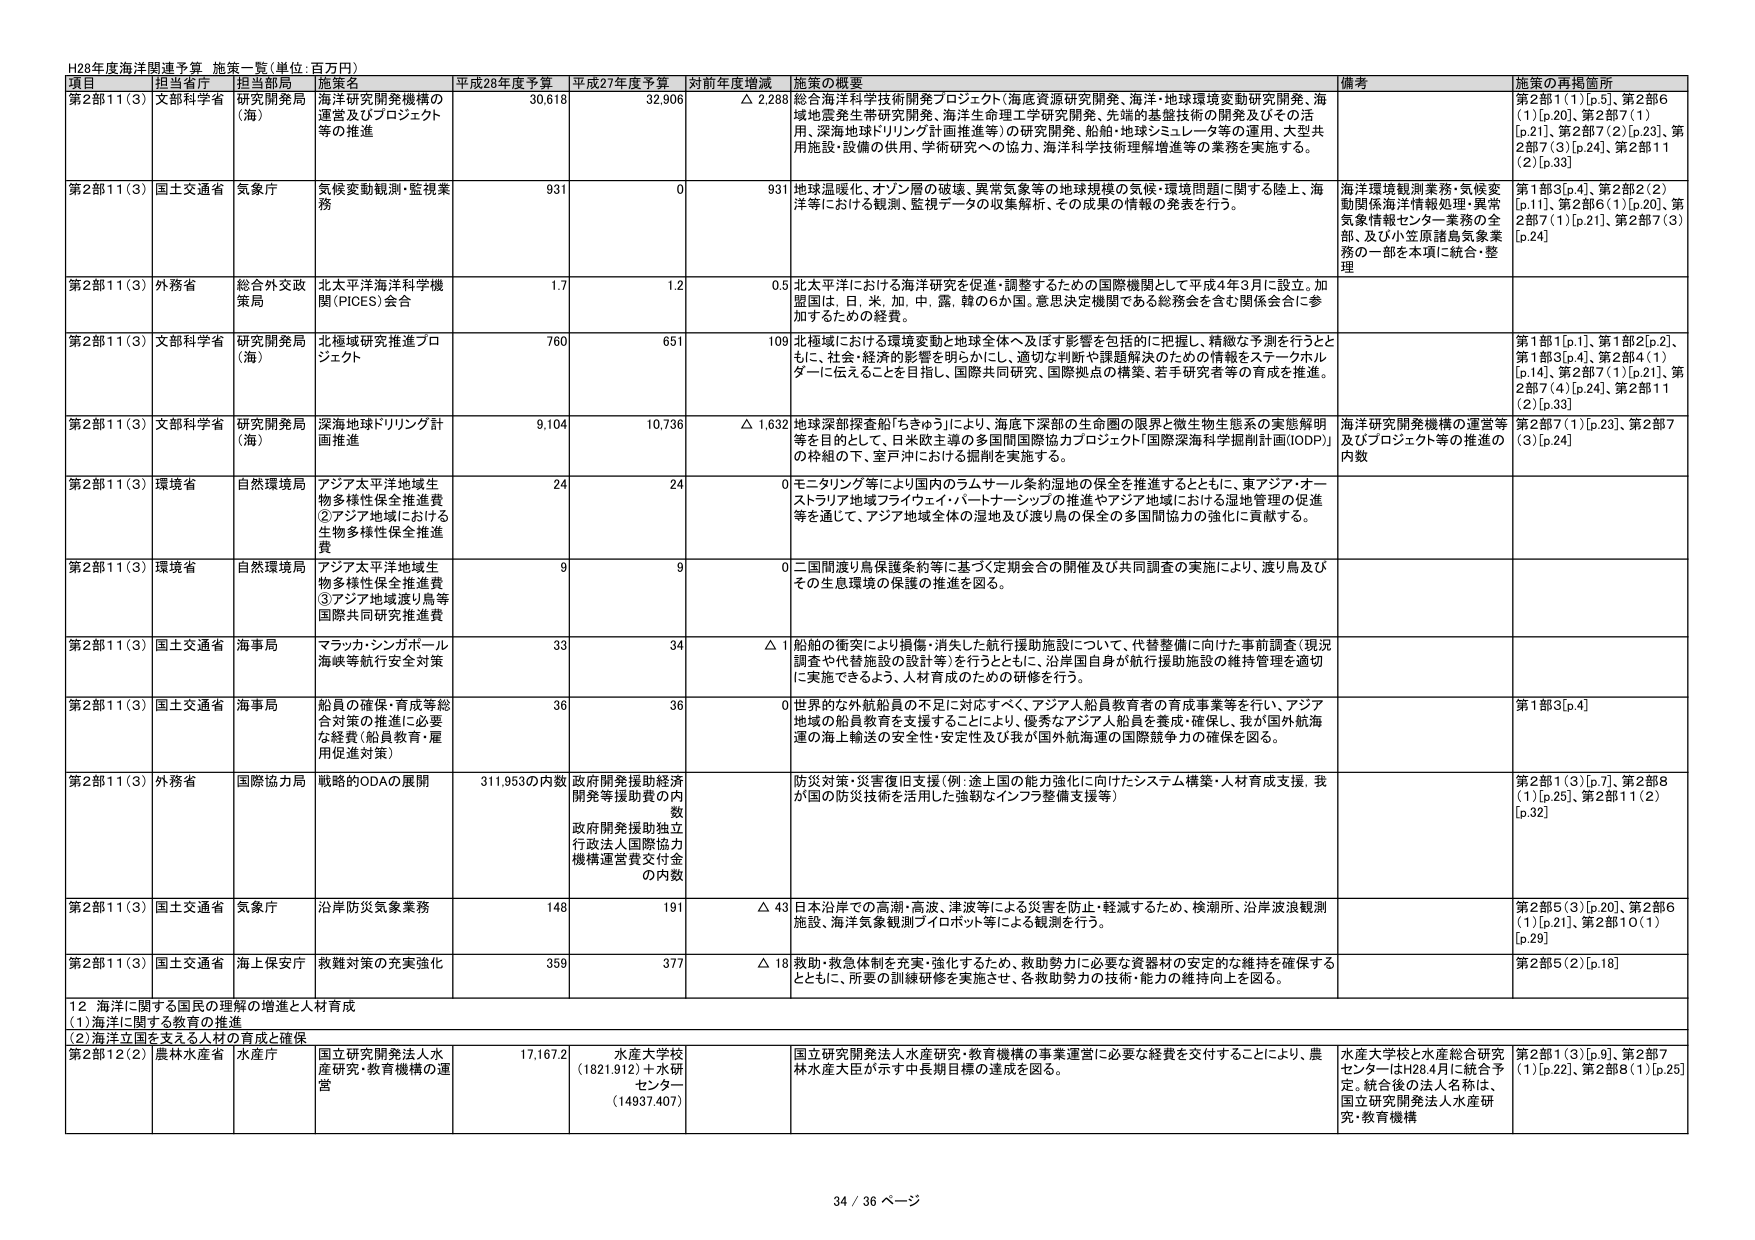
H28年度海洋関連予算 施策一覧（単位：百万円）

項目 担当省庁 担当部局 施策名 平成28年度予算 平成27年度予算 対前年度増減 施策の概要 備考 施策の再掲箇所

第2部11（3） 文部科学省 研究開発局（海） 海洋研究開発機構の運営及びプロジェクト等の推進 30,618 32,906 △ 2,288 総合海洋科学技術開発プロジェクト（海底資源研究開発、海洋・地球環境変動研究開発、海域地震発生帯研究開発、海洋生命理工学研究開発、先端的基盤技術の開発及びその活用、深海地球ドリリング計画推進等）の研究開発、船舶・地球シミュレータ等の運用、大型共用施設・設備の供用、学術研究への協力、海洋科学技術理解増進等の業務を実施する。 第2部1（1）[p.5]、第2部6（1）[p.20]、第2部7（1）[p.21]、第2部7（2）[p.23]、第2部7（3）[p.24]、第2部11（2）[p.33]

第2部11（3） 国土交通省 気象庁 気候変動観測・監視業務 931 0 931 地球温暖化、オゾン層の破壊、異常気象等の地球規模の気候・環境問題に関する陸上、海洋等における観測、監視データの収集解析、その成果の情報の発表を行う。 海洋環境観測業務・気候変動関係海洋情報処理・異常気象情報センター業務の全部、及び小笠原諸島気象業務の一部を本項に統合・整理 第1部3[p.4]、第2部2（2）[p.11]、第2部6（1）[p.20]、第2部7（1）[p.21]、第2部7（3）[p.24]

第2部11（3） 外務省 総合外交政策局 北太平洋海洋科学機関（PIOES）会合 1.7 1.2 0.5 北太平洋における海洋研究を促進・調整するための国際機関として平成4年3月に設立。加盟国は、日、米、加、中、露、韓の6か国。意思決定機関である総務会を含む関係会合に参加するための経費。

第2部11（3） 文部科学省 研究開発局（海） 北極域研究推進プロジェクト 760 651 109 北極域における環境変動と地球全体へ及ぼす影響を包括的に把握し、精緻な予測を行うとともに、社会・経済的影響を明らかにし、適切な判断や課題解決のための情報をステークホルダーに伝えることを目指し、国際共同研究、国際拠点の構築、若手研究者等の育成を推進。 第1部1[p.1]、第1部2[p.2]、第1部3[p.4]、第2部4（1）[p.14]、第2部7（1）[p.21]、第2部7（4）[p.24]、第2部11（2）[p.33]

第2部11（3） 文部科学省 研究開発局（海） 深海地球ドリリング計画推進 9,104 10,736 △ 1,632 地球深部探査船「ちきゅう」により、海底下深部の生命圏の限界と微生物生態系の実態解明等を目的として、日米欧主導の多国間国際協力プロジェクト「国際深海科学掘削計画（IODP）」の枠組の下、室戸沖における掘削を実施する。 海洋研究開発機構の運営等及びプロジェクト等の推進の内数 第2部7（1）[p.23]、第2部7（3）[p.24]

第2部11（3） 環境省 自然環境局 アジア太平洋地域生物多様性保全推進費（2）アジア地域における生物多様性保全推進費 24 24 0 モニタリング等により国内のラムサール条約湿地の保全を推進するとともに、東アジア・オーストラリア地域フライウェイ・パートナーシップの推進やアジア地域における湿地管理の促進等を通じて、アジア地域全体の湿地及び渡り鳥の保全の多国間協力の強化に貢献する。

第2部11（3） 環境省 自然環境局 アジア太平洋地域生物多様性保全推進費（3）アジア地域渡り鳥等国際共同研究推進費 9 9 0 二国間渡り鳥保護条約等に基づく定期会合の開催及び共同調査の実施により、渡り鳥及びその生息環境の保護の推進を図る。

第2部11（3） 国土交通省 海事局 マラッカ・シンガポール海峡等航行安全対策 33 34 △ 1 船舶の衝突により損傷・消失した航行援助施設について、代替整備に向けた事前調査（現況調査や代替施設の設計等）を行うとともに、沿岸国自身が航行援助施設の維持管理を適切に実施できるよう、人材育成のための研修を行う。

第2部11（3） 国土交通省 海事局 船員の確保・育成等総合対策の推進に必要な経費（船員教育・雇用促進対策） 36 36 0 世界的な外航船員の不足に対応すべく、アジア人船員教育者の育成事業等を行い、アジア地域の船員教育を支援することにより、優秀なアジア人船員を養成・確保し、我が国外航海運の海上輸送の安全性・安定性及び我が国外航海運の国際競争力の確保を図る。 第1部3[p.4]

第2部11（3） 外務省 国際協力局 戦略的ODAの展開 311,953の内数 政府開発援助経済開発等援助費の内数 政府開発援助独立行政法人国際協力機構運営費交付金の内数 防災対策・災害復旧支援（例：途上国の能力強化に向けたシステム構築・人材育成支援、我が国の防災技術を活用した強靭なインフラ整備支援等） 第2部1（3）[p.7]、第2部8（1）[p.25]、第2部11（2）[p.32]

第2部11（3） 国土交通省 気象庁 沿岸防災気象業務 148 191 △ 43 日本沿岸での高潮・高波、津波等による災害を防止・軽減するため、検潮所、沿岸波浪観測施設、海洋気象観測ブイロボット等による観測を行う。 第2部5（3）[p.20]、第2部6（1）[p.21]、第2部10（1）[p.29]

第2部11（3） 国土交通省 海上保安庁 救難対策の充実強化 359 377 △ 18 救助・救急体制を充実・強化するため、救助努力に必要な資器材の安定的な維持を確保するとともに、所要の訓練研修を実施させ、各救助努力の技術・能力の維持向上を図る。 第2部5（2）[p.18]

12 海洋に関する国民の理解の増進と人材育成
（1）海洋に関する教育の推進
（2）海洋立国を支える人材の育成と確保

第2部12（2） 農林水産省 水産庁 国立研究開発法人水産研究・教育機構の運営 17,167.2 水産大学校（1821.912）＋水研センター（14937.407） 国立研究開発法人水産研究・教育機構の事業運営に必要な経費を交付することにより、農林水産大臣が示す中長期目標の達成を図る。 水産大学校と水産総合研究センターはH28.4月に統合予定。統合後の法人名称は、国立研究開発法人水産研究・教育機構 第2部1（3）[p.9]、第2部7（1）[p.22]、第2部8（1）[p.25]

34 / 36 ページ